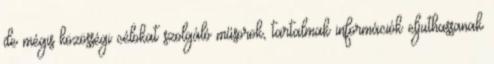
de mégis közösségi célokat szolgáló műsorok, tartalmak információk eljuthassanak